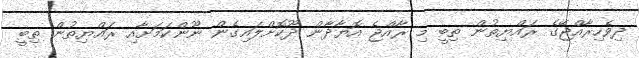
ދިވެހިރާއްޖޭގެ ރައްޔިތުން ތިބީ މި ރާއްޖެ އޮޔާދާން ދޫކޮށްލައިގެން ނޫންކަމަށާއި ރައްޔިތުން ތިބީ